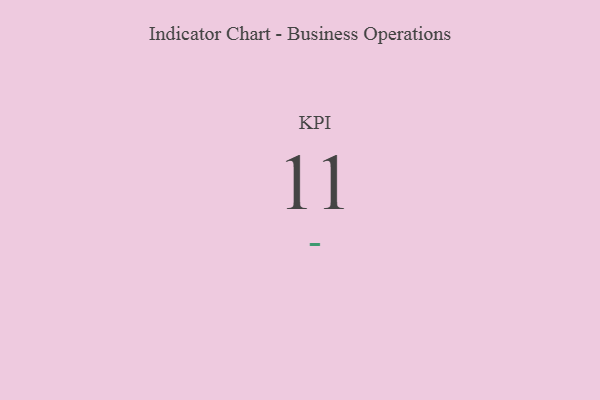
{"axis": {"x": "KPI", "y": "Value"}, "legend": [""], "data": [{"x": "KPI", "y": 11, "type": ""}]}